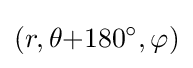
(r,\theta {+}180^{\circ },\varphi )